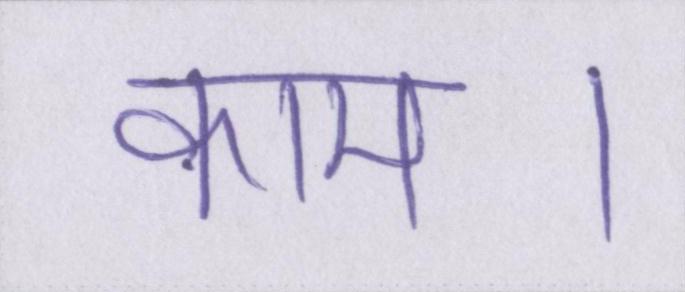
काम।